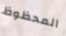
المحظوظ